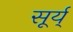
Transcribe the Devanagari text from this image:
सूर्य्